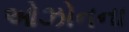
ઓઝોનના